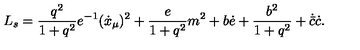
L _ { s } = \frac { q ^ { 2 } } { 1 + q ^ { 2 } } e ^ { - 1 } ( \dot { x } _ { \mu } ) ^ { 2 } + \frac { e } { 1 + q ^ { 2 } } m ^ { 2 } + b \dot { e } + \frac { b ^ { 2 } } { 1 + q ^ { 2 } } + \dot { \bar { c } } \dot { c } .